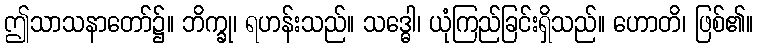
ဤသာသနာတော်၌။ ဘိက္ခု၊ ရဟန်းသည်။ သဒ္ဓေါ၊ ယုံကြည်ခြင်းရှိသည်။ ဟောတိ၊ ဖြစ်၏။